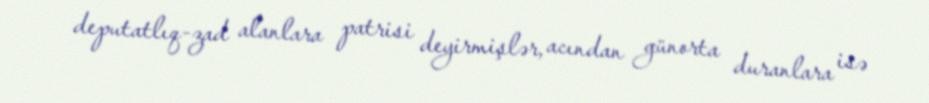
deputatlıq-zad alanlara patrisi deyirmişlər, acından günorta duranlara isə